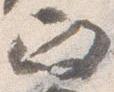
政